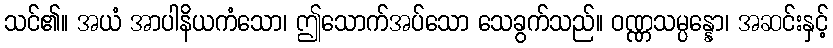
သင်၏။ အယံ အာပါနိယကံသော၊ ဤသောက်အပ်သော သေခွက်သည်။ ဝဏ္ဏသမ္ပန္နော၊ အဆင်းနှင့်